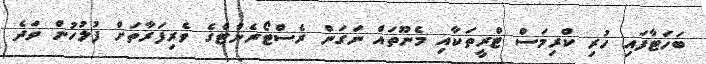
ބަހަޓާފައި ހުރި ކްރިމަސް ޓްރީތަކާއި މެނޫތައް ނަގަން ރެސްޓޯރެންޓްގެ ވެރިފަރާތަށް ފުލުހުން ވަދެ